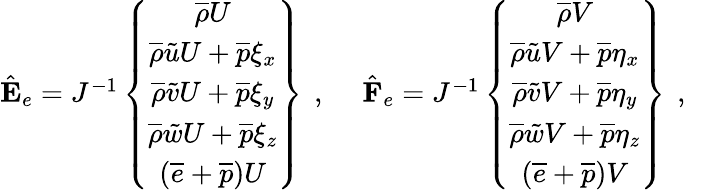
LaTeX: \begin{array}{rlr}{\hat{\mathbf{E}}_{e}=J^{-1}\left\{ \begin{array}{c}{\overline{{\rho}}U}\\ {\overline{{\rho}}\tilde{u}U+\overline{{p}}\xi_{x}}\\ {\overline{{\rho}}\tilde{v}U+\overline{{p}}\xi_{y}}\\ {\overline{{\rho}}\tilde{w}U+\overline{{p}}\xi_{z}}\\ {\left(\overline{{e}}+\overline{{p}}\right)U}\end{array}\right\} \, \mathrm{~,~}}&{{}\hat{\mathbf{F}}_{e}=J^{-1}\left\{ \begin{array}{c}{\overline{{\rho}}V}\\ {\overline{{\rho}}\tilde{u}V+\overline{{p}}\eta_{x}}\\ {\overline{{\rho}}\tilde{v}V+\overline{{p}}\eta_{y}}\\ {\overline{{\rho}}\tilde{w}V+\overline{{p}}\eta_{z}}\\ {\left(\overline{{e}}+\overline{{p}}\right)V}\end{array}\right\} \, \mathrm{~,~}}&{}\end{array}